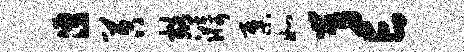
涌苕豁漪集如舅亡